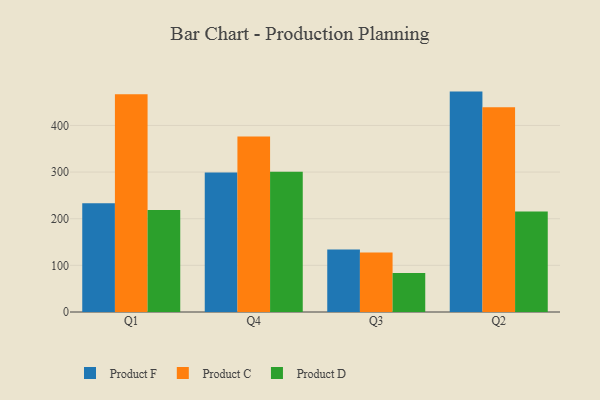
{"axis": {"x": "Quarter", "y": "Temperature (°C)"}, "legend": ["Product C", "Product D", "Product F"], "data": [{"x": "Q1", "y": 233.3, "type": "Product F"}, {"x": "Q1", "y": 466.8, "type": "Product C"}, {"x": "Q1", "y": 218.9, "type": "Product D"}, {"x": "Q4", "y": 299.2, "type": "Product F"}, {"x": "Q4", "y": 376.1, "type": "Product C"}, {"x": "Q4", "y": 300.8, "type": "Product D"}, {"x": "Q3", "y": 133.9, "type": "Product F"}, {"x": "Q3", "y": 127.7, "type": "Product C"}, {"x": "Q3", "y": 83.6, "type": "Product D"}, {"x": "Q2", "y": 472.6, "type": "Product F"}, {"x": "Q2", "y": 439.3, "type": "Product C"}, {"x": "Q2", "y": 215.4, "type": "Product D"}]}